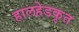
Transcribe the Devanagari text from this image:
हालहेडकृत